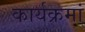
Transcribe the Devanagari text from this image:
कार्यक्रमां